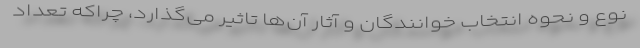
نوع و نحوه انتخاب خوانندگان و آثار آن‌ها تاثیر می‌گذارد، چراکه تعداد